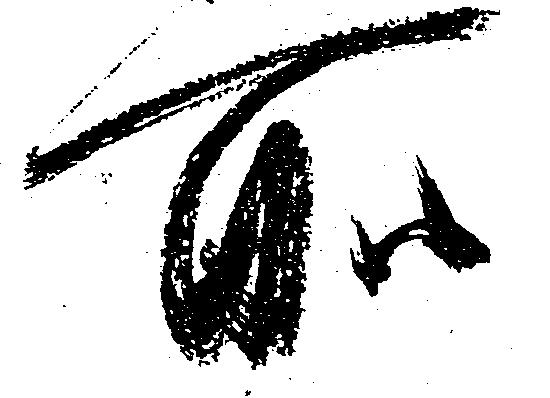
所